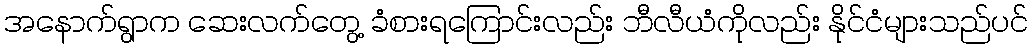
အနောက်ရွာက ဆေးလက်တွေ့ ခံစားရကြောင်းလည်း ဘီလီယံကိုလည်း နိုင်ငံများသည်ပင်